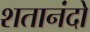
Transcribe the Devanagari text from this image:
शतानंदो